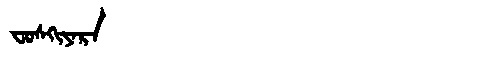
Manchu: ᠸᠣᠰᡴᡳᠶᠠᡵᠠ
Romanization: FOSKIYARA